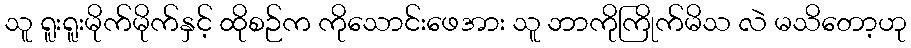
သူ ရူးရူးမိုက်မိုက်နှင့် ထိုစဉ်က ကိုသောင်းဖေအား သူ ဘာကိုကြိုက်မိသ လဲ မသိတော့ဟု